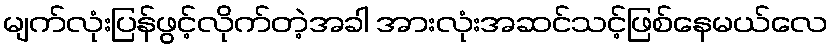
မျက်လုံးပြန်ဖွင့်လိုက်တဲ့အခါ အားလုံးအဆင်သင့်ဖြစ်နေမယ်လေ